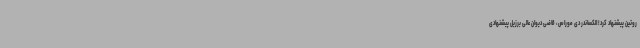
روتین پیشنهاد کرد! الکساندر دی موراس، قاضی دیوان عالی برزیل پیشنهادی